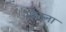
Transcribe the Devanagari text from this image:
मांजना